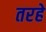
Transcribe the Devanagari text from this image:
तरहे